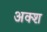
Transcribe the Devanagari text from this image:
अक्श